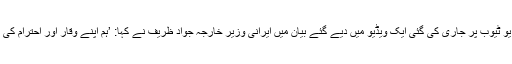
ویڈیو شیئرنگ ویب سائٹ یو ٹیوب پر جاری کی گئی ایک ویڈیو میں دیے گئے بیان میں ایرانی وزیرِ خارجہ جواد ظریف نے کہا: ’ہم اپنے وقار اور احترام کی امید اور مطالبہ کرتے ہیں۔